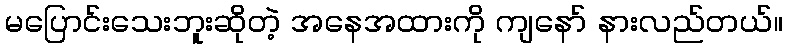
မပြောင်းသေးဘူးဆိုတဲ့ အနေအထားကို ကျနော် နားလည်တယ်။